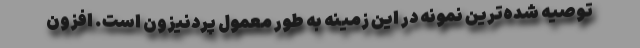
توصیه شده‌ترین نمونه در این زمینه به طور معمول پردنیزون است. افزون